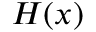
H ( x )